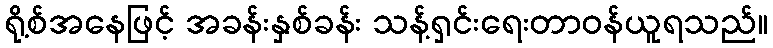
ရို့စ်အနေဖြင့် အခန်းနှစ်ခန်း သန့်ရှင်းရေးတာဝန်ယူရသည်။